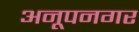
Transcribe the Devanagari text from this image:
अनूपनगर